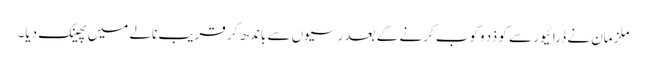
ملزمان نے ڈرائیور سے کو ذد وکوب کرنے کے بعد رسیوں سے باندھ کر قریب نالے میں پھینک دیا۔